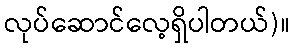
လုပ်ဆောင်လေ့ရှိပါတယ်)။